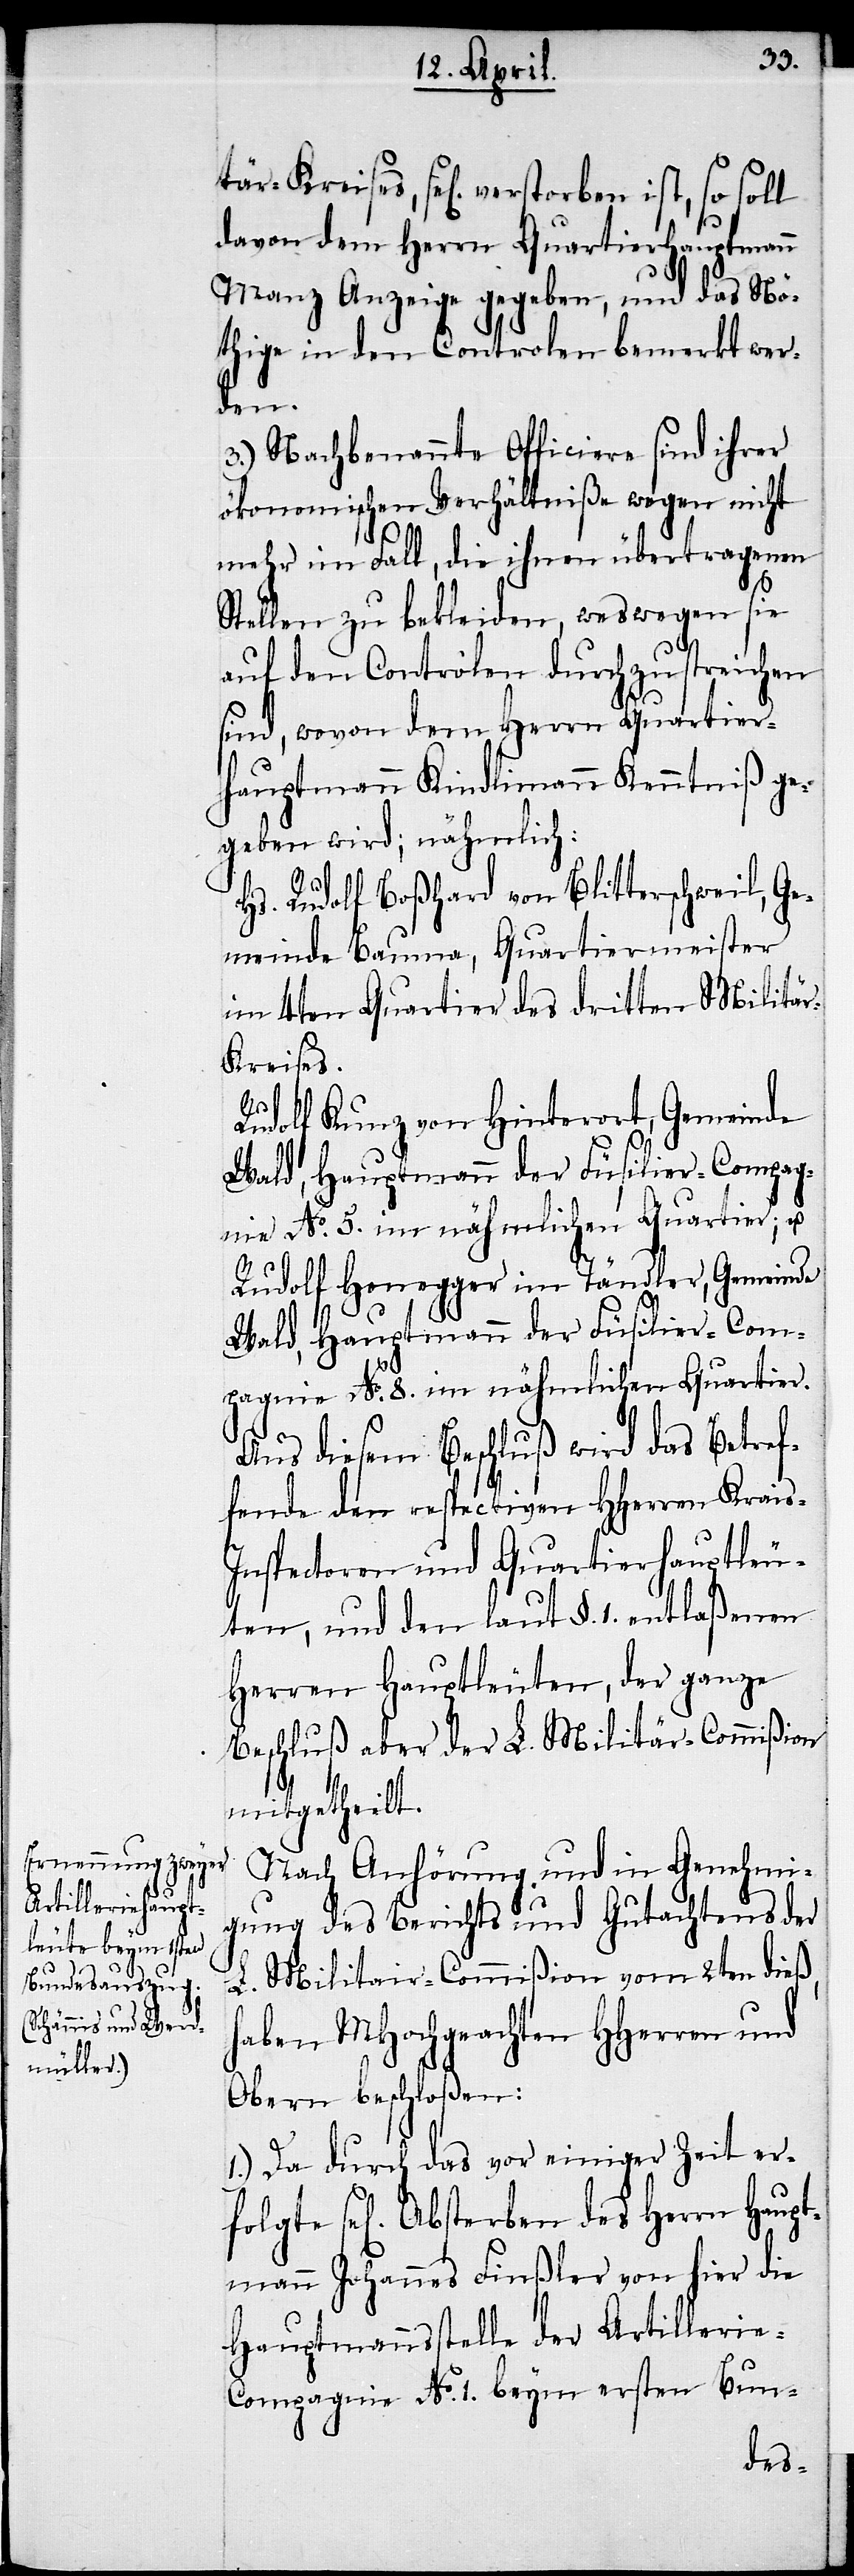
folgte

davon dem Herrn Quartierhauptmann
Manz Anzeige gegeben, und das Nö¬
thige in den Controlen bemerkt wer¬
Haup¬
3.) Nachbenannte Officiere sind ihrer
ökonomischen Verhältniße wegen nicht
mehr im Fall, die ihnen übertragenen
Stellen zu bekleiden, weswegen sie
auf den Controlen durchzustreichen
sind, wovon dem Herrn Quartier¬
hauptmann Kindlimann Kenntniß ge¬
geben wird; nähmlich:
Hs. Rudolf Boßhard von Blitterschweil, Ge¬
meinde Bauma, Quartiermeister
im 4ten Quartier des dritten Militä¬
r-Kreises.
Rudolf Kunz von Hinterort, Gemeinde
Wald, Hauptmann der Füsilier-Compag¬
nie No. 5. im nähmlichen Quartier; u.
Rudolf Honegger im Tändler, Gemeinde
Wald, Hauptmann der Füsilier-Com¬
pagnie No. 8. im nähmlichen Quartier.
Aus diesem Beschluß wird das Betref¬
fende den respectiven HHerren Krais-I¬
nspectoren und Quartierhauptleu¬
ten, und den laut §. 1. entlaßenen
Herren Hauptleuten, der ganze
Beschluß aber der L. Militär-Commißion
mitgetheilt.
Nach Anhörung und in Genehmi¬
gung des Berichts und Gutachtens der
L. Militär-Commißion vom 2ten dieß,
haben MHochgeachten HHerren und
Obern beschloßen:
1.) Da durch das vor einiger Zeit er¬
tmann Johannes Finßler von hier die
Hauptmannsstelle der Artillerie-C¬
ompagnie No. 1. beym ersten Bun-
des